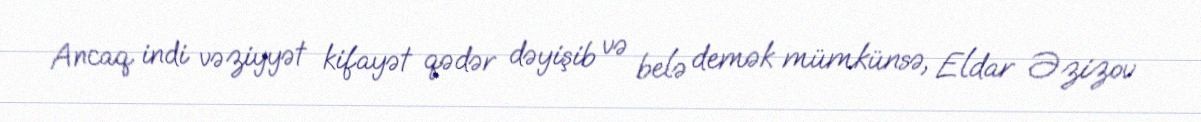
Ancaq indi vəziyyət kifayət qədər dəyişib və belə demək mümkünsə, Eldar Əzizov